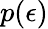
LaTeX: p(\epsilon)